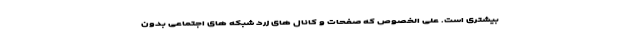
بیشتری است. علی الخصوص که صفحات و کانال های زرد شبکه های اجتماعی بدون